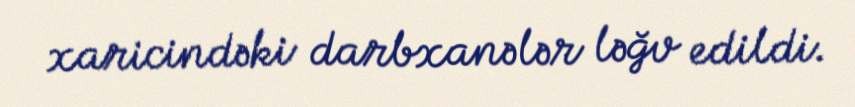
xaricindəki darbxanələr ləğv edildi.